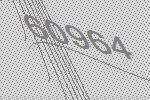
60964